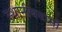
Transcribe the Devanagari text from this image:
स्थानीयवासी